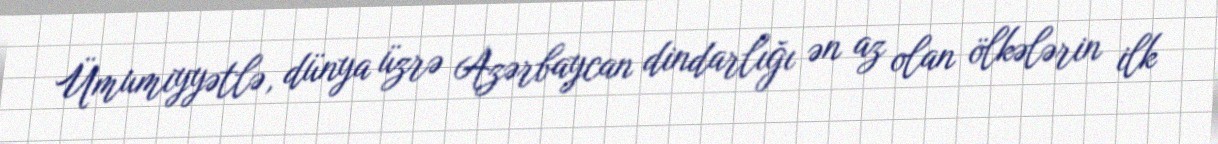
Ümumiyyətlə, dünya üzrə Azərbaycan dindarlığı ən az olan ölkələrin ilk